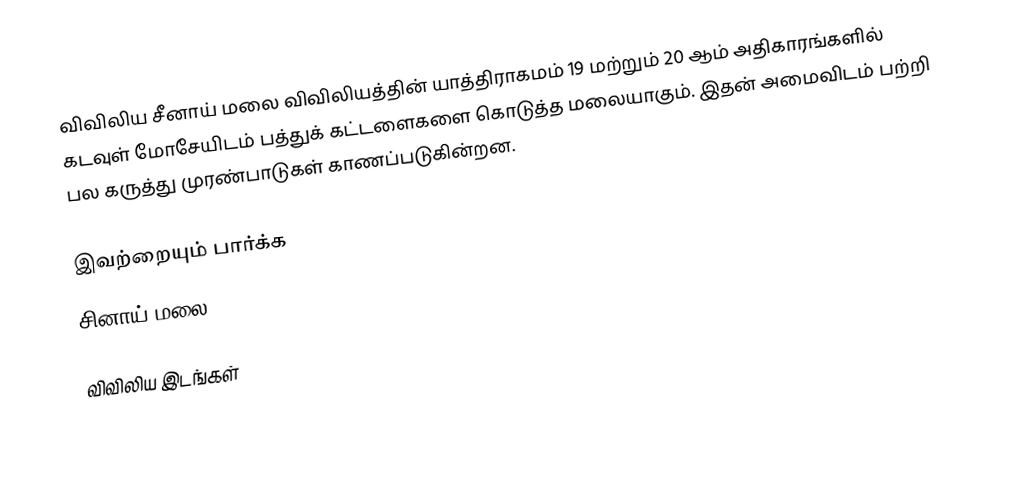
விவிலிய சீனாய் மலை விவிலியத்தின் யாத்திராகமம் 19 மற்றும் 20 ஆம் அதிகாரங்களில் கடவுள் மோசேயிடம் பத்துக் கட்டளைகளை கொடுத்த மலையாகும். இதன் அமைவிடம் பற்றி பல கருத்து முரண்பாடுகள் காணப்படுகின்றன.

இவற்றையும் பார்க்க
 சினாய் மலை

விவிலிய இடங்கள்